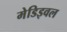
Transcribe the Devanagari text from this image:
मेडिइवल